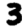
Digit: 3